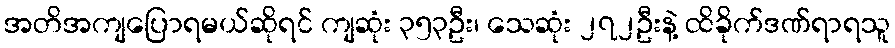
အတိအကျပြောရမယ်ဆိုရင် ကျဆုံး ၃၅၃ဦး၊ သေဆုံး ၂၇၂ဦးနဲ့ ထိခိုက်ဒဏ်ရာရသူ